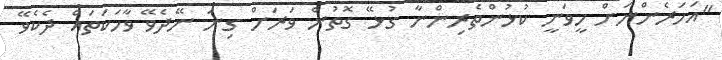
"އަހަރެންނަށް ހީވަނީ ކުޅުންތެރިންނާ ގުޅޭ ގޮތުން ވަރަށް ގިނަ ނޭދެވޭ ވާހަކަތައް ދެކެވޭ